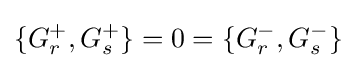
\{G_{r}^{+},G_{s}^{+}\}=0=\{G_{r}^{-},G_{s}^{-}\}